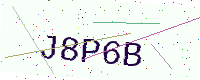
Text: J8P6B